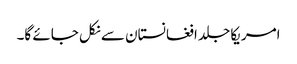
امریکا جلد افغانستان سے نکل جائے گا۔